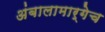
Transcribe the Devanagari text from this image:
अंबालामार्गेच